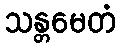
သန္တမေတံ